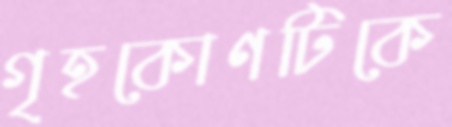
গৃহকোণটিকে